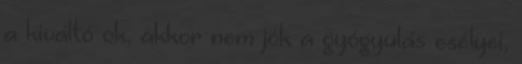
a kiváltó ok, akkor nem jók a gyógyulás esélyei,